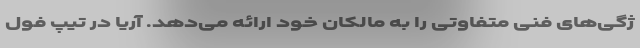
ژگی‌های فنی متفاوتی را به مالکان خود ارائه می‌دهد. آریا در تیپ فول